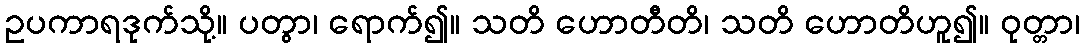
ဥပကာရဒုက်သို့။ ပတွာ၊ ရောက်၍။ သတိ ဟောတီတိ၊ သတိ ဟောတိဟူ၍။ ဝုတ္တာ၊